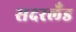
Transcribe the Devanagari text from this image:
सदरलँड